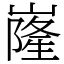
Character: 嶐